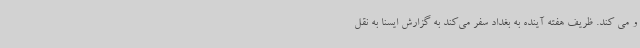
و می کند. ظریف هفته آینده به بغداد سفر می‌کند به گزارش ایسنا به نقل